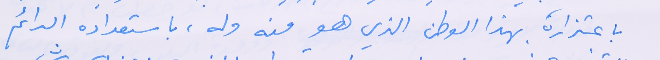
باعتذاره بهذا الوطن الذي هو منه وله، باستعداده الدائم